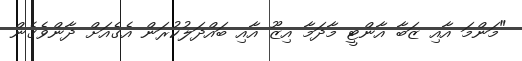
"މަންމަ އާއި ޒަބާ އާންޓީ މާދަމާ އިޒޫ އާއި ބައްދަލުކުރަން އެގެއަށް ދާންވެގެން